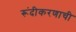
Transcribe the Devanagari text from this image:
रूंदीकरणाची